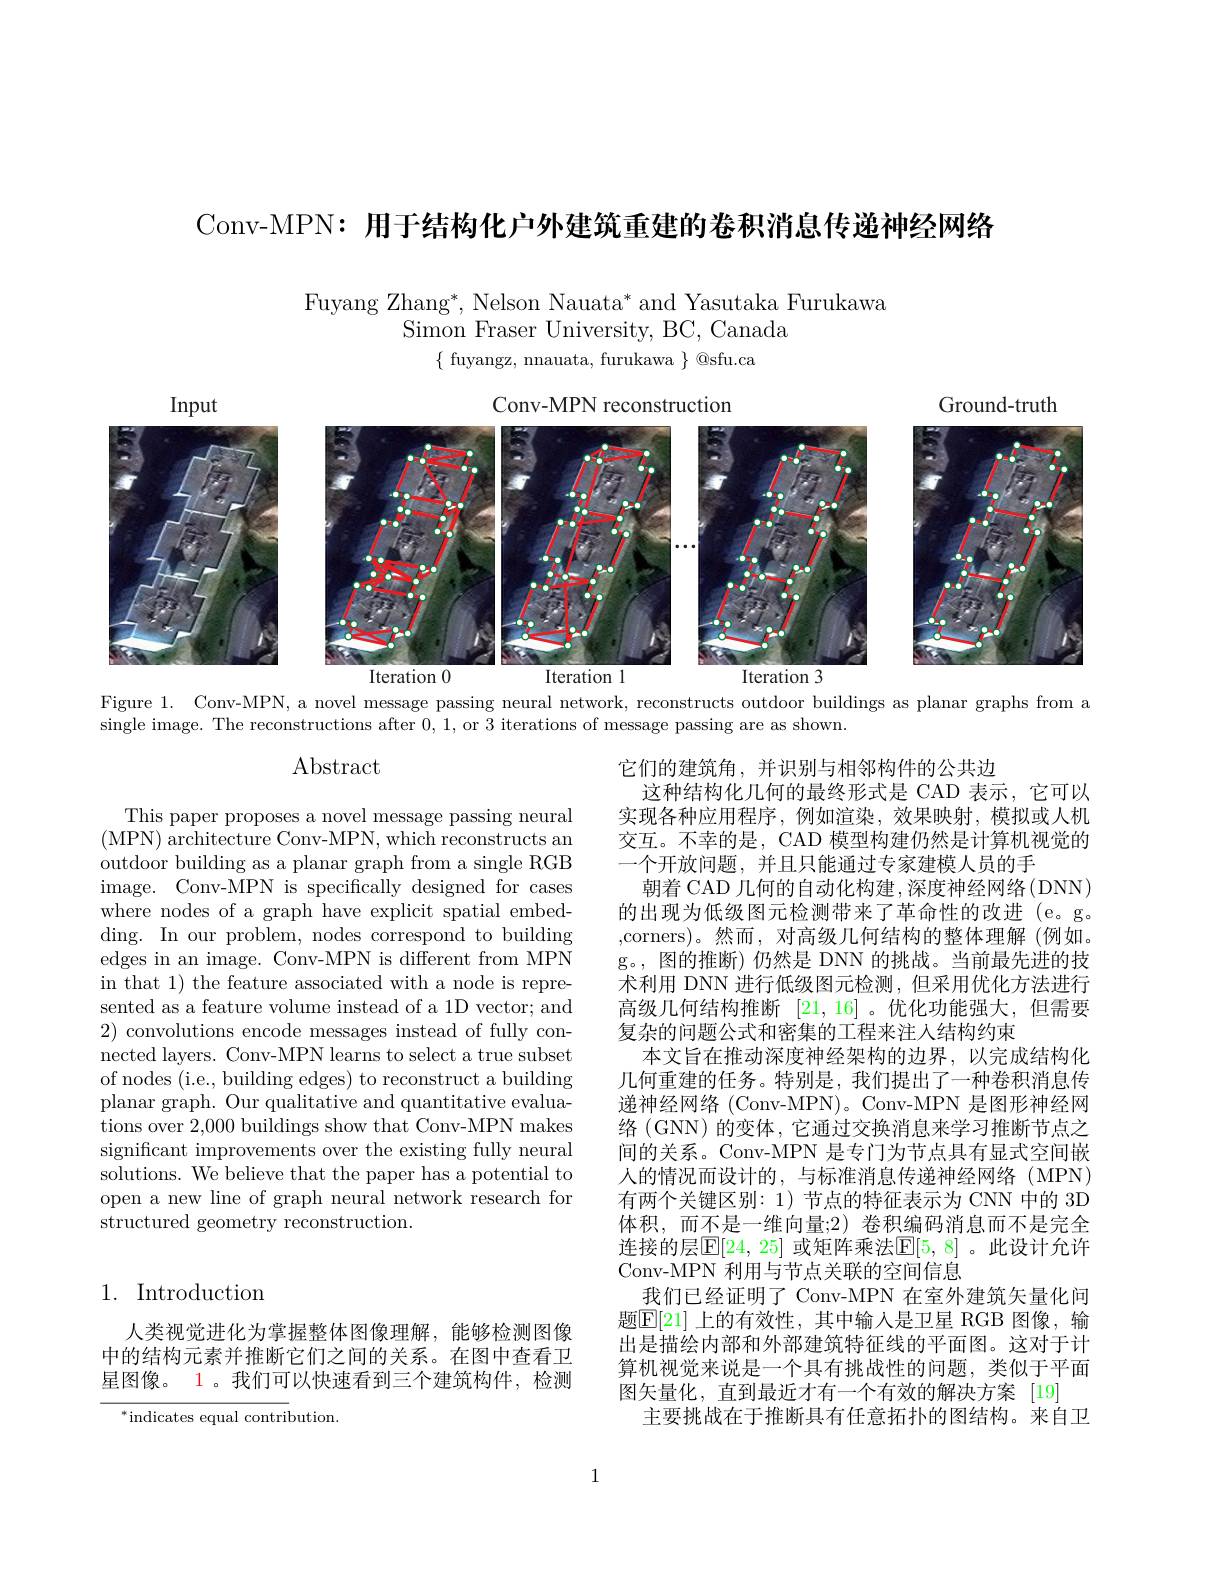
Conv-MPN: 用于结构化户外建筑重建的卷积消息传递神经网络

Fuyang Zhang*, Nelson Nauata* and Yasutaka Furukawa
Simon Fraser University, BC, Canada
$\{$ fuyangz, nnauata, furukawa $\}$ @sfu.ca

<FigureHere>

Figure 1. Conv-MPN, a novel message passing neural network, reconstructs outdoor buildings as planar graphs from a

single image. The reconstructions after 0,1, or 3 iterations of message passing are as shown.

Abstract

This paper proposes a novel message passing neural (MPN) architecture Conv-MPN, which reconstructs an outdoor building as a planar graph from a single RGB image. Conv-MPN is specifically designed for cases where nodes of a graph have explicit spatial embedding. In our problem, nodes correspond to building edges in an image. Conv-MPN is different from MPN in that 1) the feature associated with a node is represented as a feature volume instead of a 1D vector; and 2) convolutions encode messages instead of fully connected layers. Conv-MPN learns to select a true subset of nodes (i.e., building edges) to reconstruct a building planar graph. Our qualitative and quantitative evaluations over 2,000 buildings show that Conv-MPN makes significant improvements over the existing fully neural solutions. We believe that the paper has a potential to open a new line of graph neural network research for structured geometry reconstruction.

它们的建筑角，并识别与相邻构件的公共边
这种结构化几何的最终形式是 CAD 表示，它可以实现各种应用程序，例如渲染，效果映射，模拟或人机交互。不幸的是，CAD 模型构建仍然是计算机视觉的一个开放问题，并且只能通过专家建模人员的手
朝着 CAD 几何的自动化构建 ,深度神经网络(DNN) 的出现为低级图元检测带来了革命性的改进(e。g。,corners)。然而，对高级几何结构的整体理解(例如。g。,图的推断)仍然是 DNN 的挑战。当前最先进的技术利用 DNN 进行低级图元检测，但采用优化方法进行高级几何结构推断[21,16] 。优化功能强大，但需要复杂的问题公式和密集的工程来注入结构约束
本文旨在推动深度神经架构的边界，以完成结构化几何重建的任务。特别是，我们提出了一种卷积消息传递神经网络(Conv-MPN)。Conv-MPN 是图形神经网络(GNN)的变体，它通过交换消息来学习推断节点之间的关系。Conv-MPN 是专门为节点具有显式空间嵌人的情况而设计的，与标准消息传递神经网络(MPN) 有两个关键区别：1)节点的特征表示为 CNN 中的 3D 体积，而不是一维向量；2) 卷积编码消息而不是完全连接的层$\mathbb{E}[24,25]$ 或矩阵乘法$\mathbb{E}[5,8]$。此设计允许Conv-MPN 利用与节点关联的空间信息
我们已经证明了 Conv-MPN 在室外建筑矢量化问题$\boxed{\mathrm{E}}[21]$ 上的有效性，其中输入是卫星 RGB 图像，输出是描绘内部和外部建筑特征线的平面图。这对于计算机视觉来说是一个具有挑战性的问题，类似于平面图矢量化，直到最近才有一个有效的解决方案 [19]
主要挑战在于推断具有任意拓扑的图结构。来自卫

## 1. Introduction

人类视觉进化为掌握整体图像理解，能够检测图像中的结构元素并推断它们之间的关系。在图中查看卫星图像。1 。我们可以快速看到三个建筑构件，检测

$^*$indicates equal contribution.

1